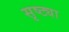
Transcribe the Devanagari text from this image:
सृष्ट्या